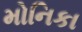
મોનિકા